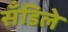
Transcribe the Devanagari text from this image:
सँडिले